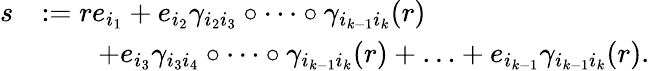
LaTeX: \begin{array}{rl}{s}&{:=re_{i_{1}}+e_{i_{2}}\gamma_{i_{2}i_{3}}\circ\cdots\circ\gamma_{i_{k-1}i_{k}}(r)}\\ &{\qquad+e_{i_{3}}\gamma_{i_{3}i_{4}}\circ\cdots\circ\gamma_{i_{k-1}i_{k}}(r)+\ldots+e_{i_{k-1}}\gamma_{i_{k-1}i_{k}}(r).}\end{array}